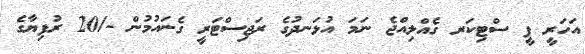
އަހަރީ ފީ ސްޓިކަރ ގެއްލިއްޖެ ނަމަ އުޅަނދުގެ ރަޖިސްޓަރީ ގެނައުމުން -/20 ރުފިޔާގެ